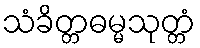
သံခိတ္တဓမ္မသုတ္တံ